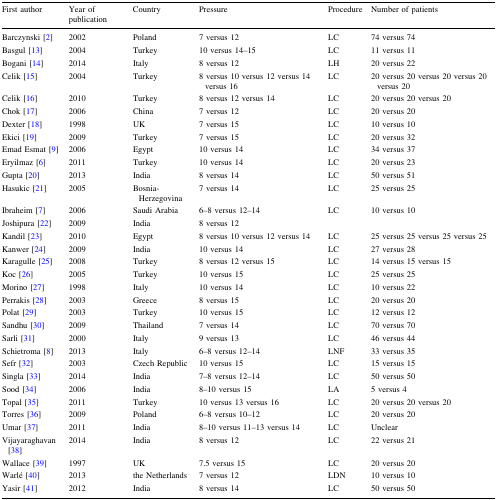
<table><thead><tr><td><b>First author</b></td><td><b>Year of publication</b></td><td><b>Country</b></td><td><b>Pressure</b></td><td><b>Procedure</b></td><td><b>Number of patients</b></td></tr></thead><tbody><tr><td>Barczynski [2]</td><td>2002</td><td>Poland</td><td>7 versus 12</td><td>LC</td><td>74 versus 74</td></tr><tr><td>Basgul [13]</td><td>2004</td><td>Turkey</td><td>10 versus 14–15</td><td>LC</td><td>11 versus 11</td></tr><tr><td>Bogani [14]</td><td>2014</td><td>Italy</td><td>8 versus 12</td><td>LH</td><td>20 versus 22</td></tr><tr><td>Celik [15]</td><td>2004</td><td>Turkey</td><td>8 versus 10 versus 12 versus 14 versus 16</td><td>LC</td><td>20 versus 20 versus 20 versus 20 versus 20</td></tr><tr><td>Celik [16]</td><td>2010</td><td>Turkey</td><td>8 versus 12 versus 14</td><td>LC</td><td>20 versus 20 versus 20</td></tr><tr><td>Chok [17]</td><td>2006</td><td>China</td><td>7 versus 12</td><td>LC</td><td>20 versus 20</td></tr><tr><td>Dexter [18]</td><td>1998</td><td>UK</td><td>7 versus 15</td><td>LC</td><td>10 versus 10</td></tr><tr><td>Ekici [19]</td><td>2009</td><td>Turkey</td><td>7 versus 15</td><td>LC</td><td>20 versus 32</td></tr><tr><td>Emad Esmat [9]</td><td>2006</td><td>Egypt</td><td>10 versus 14</td><td>LC</td><td>34 versus 37</td></tr><tr><td>Eryilmaz [6]</td><td>2011</td><td>Turkey</td><td>10 versus 14</td><td>LC</td><td>20 versus 23</td></tr><tr><td>Gupta [20]</td><td>2013</td><td>India</td><td>8 versus 14</td><td>LC</td><td>50 versus 51</td></tr><tr><td>Hasukic [21]</td><td>2005</td><td>Bosnia-Herzegovina</td><td>7 versus 14</td><td>LC</td><td>25 versus 25</td></tr><tr><td>Ibraheim [7]</td><td>2006</td><td>Saudi Arabia</td><td>6–8 versus 12–14</td><td>LC</td><td>10 versus 10</td></tr><tr><td>Joshipura [22]</td><td>2009</td><td>India</td><td>8 versus 12</td><td></td><td></td></tr><tr><td>Kandil [23]</td><td>2010</td><td>Egypt</td><td>8 versus 10 versus 12 versus 14</td><td>LC</td><td>25 versus 25 versus 25 versus 25</td></tr><tr><td>Kanwer [24]</td><td>2009</td><td>India</td><td>10 versus 14</td><td>LC</td><td>27 versus 28</td></tr><tr><td>Karagulle [25]</td><td>2008</td><td>Turkey</td><td>8 versus 12 versus 15</td><td>LC</td><td>14 versus 15 versus 15</td></tr><tr><td>Koc [26]</td><td>2005</td><td>Turkey</td><td>10 versus 15</td><td>LC</td><td>25 versus 25</td></tr><tr><td>Morino [27]</td><td>1998</td><td>Italy</td><td>10 versus 14</td><td>LC</td><td>10 versus 22</td></tr><tr><td>Perrakis [28]</td><td>2003</td><td>Greece</td><td>8 versus 15</td><td>LC</td><td>20 versus 20</td></tr><tr><td>Polat [29]</td><td>2003</td><td>Turkey</td><td>10 versus 15</td><td>LC</td><td>12 versus 12</td></tr><tr><td>Sandhu [30]</td><td>2009</td><td>Thailand</td><td>7 versus 14</td><td>LC</td><td>70 versus 70</td></tr><tr><td>Sarli [31]</td><td>2000</td><td>Italy</td><td>9 versus 13</td><td>LC</td><td>46 versus 44</td></tr><tr><td>Schietroma [8]</td><td>2013</td><td>Italy</td><td>6–8 versus 12–14</td><td>LNF</td><td>33 versus 35</td></tr><tr><td>Sefr [32]</td><td>2003</td><td>Czech Republic</td><td>10 versus 15</td><td>LC</td><td>15 versus 15</td></tr><tr><td>Singla [33]</td><td>2014</td><td>India</td><td>7–8 versus 12–14</td><td>LC</td><td>50 versus 50</td></tr><tr><td>Sood [34]</td><td>2006</td><td>India</td><td>8–10 versus 15</td><td>LA</td><td>5 versus 4</td></tr><tr><td>Topal [35]</td><td>2011</td><td>Turkey</td><td>10 versus 13 versus 16</td><td>LC</td><td>20 versus 20 versus 20</td></tr><tr><td>Torres [36]</td><td>2009</td><td>Poland</td><td>6–8 versus 10–12</td><td>LC</td><td>20 versus 20</td></tr><tr><td>Umar [37]</td><td>2011</td><td>India</td><td>8–10 versus 11–13 versus 14</td><td>LC</td><td>Unclear</td></tr><tr><td>Vijayaraghavan [38]</td><td>2014</td><td>India</td><td>8 versus 12</td><td>LC</td><td>22 versus 21</td></tr><tr><td>Wallace [39]</td><td>1997</td><td>UK</td><td>7.5 versus 15</td><td>LC</td><td>20 versus 20</td></tr><tr><td>Warlé [40]</td><td>2013</td><td>the Netherlands</td><td>7 versus 12</td><td>LDN</td><td>10 versus 10</td></tr><tr><td>Yasir [41]</td><td>2012</td><td>India</td><td>8 versus 14</td><td>LC</td><td>50 versus 50</td></tr></tbody></table>